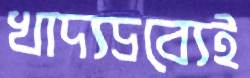
খাদ্যদ্রব্যেই